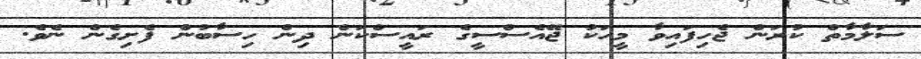
ސަލާމާތް ކުރަން ޖެހިފައިވާ މީހަކު ޖޭއެސްސީގެ ރައީސްކަން ދިން ހިސާބުން ފެށިގެން ނެވެ.